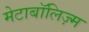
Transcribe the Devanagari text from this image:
मेटाबॉलिज़्म